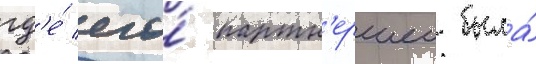
гд'е́ его́ партн'ершеи была́